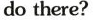
do there? ___?